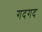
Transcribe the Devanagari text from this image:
गदगद